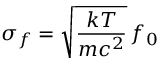
\sigma _ { f } = { \sqrt { \frac { k T } { m c ^ { 2 } } } } \, f _ { 0 }